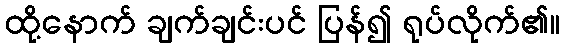
ထို့နောက် ချက်ချင်းပင် ပြန်၍ ရုပ်လိုက်၏။